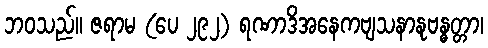
ဘဝသည်။ ဇရာမ (ပေ ၂၉၂) ရဏာဒိအနေကဗျသနာနုဗန္ဓတ္တာ၊